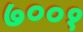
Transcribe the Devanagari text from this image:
७००१